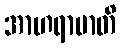
အာဟရာမာတိ